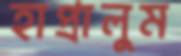
হাপ্‌রালুম